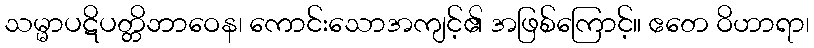
သမ္မာပဋိပတ္တိဘာဝေန၊ ကောင်းသောအကျင့်၏ အဖြစ်ကြောင့်။ ဧတေ ဝိဟာရာ၊